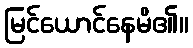
မြင်ယောင်နေမိ၏။